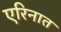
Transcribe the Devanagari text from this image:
एरिनात